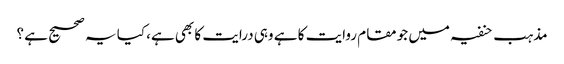
مذہب حنفیہ میں جو مقام روایت کا ہے وہی درایت کا بھی ہے، کیا یہ صحیح ہے ؟